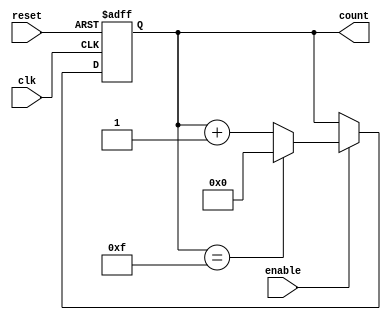
module parameterized_counter #(
    parameter WIDTH = 4,               // Number of bits in the counter
    parameter DIRECTION = "UP",        // Counting direction: "UP" or "DOWN"
    parameter MAX_COUNT = 15           // Maximum count value (must be <= 2**WIDTH - 1)
)(
    input wire clk,                     // Clock signal
    input wire reset,                   // Asynchronous reset signal
    input wire enable,                  // Enable signal
    output reg [WIDTH-1:0] count       // Current value of the counter
);

    // Ensure MAX_COUNT is within the valid range
    initial begin
        if (MAX_COUNT >= (1 << WIDTH)) begin
            $fatal("MAX_COUNT must be less than 2^WIDTH - 1");
        end
    end

    always @(posedge clk or posedge reset) begin
        if (reset) begin
            count <= 0;                  // Reset the counter to zero
        end else if (enable) begin
            if (DIRECTION == "UP") begin
                if (count == MAX_COUNT) begin
                    count <= 0;          // Wrap around to zero
                end else begin
                    count <= count + 1;  // Increment the counter
                end
            end else if (DIRECTION == "DOWN") begin
                if (count == 0) begin
                    count <= MAX_COUNT;  // Wrap around to MAX_COUNT
                end else begin
                    count <= count - 1;  // Decrement the counter
                end
            end
        end
        // If enable is low, the counter holds its value.
    end
endmodule